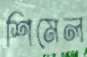
শিমেল